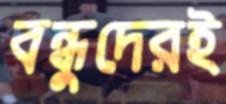
বন্ধুদেরই